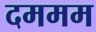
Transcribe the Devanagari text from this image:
दममम